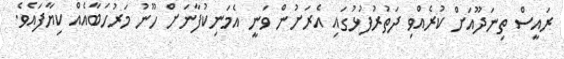
ރައީސް ތިނަދޫއަށް ކުރެއްވި ދަތުރުފުޅުގައި އެރަށުން ވަނީ އެމަނިކުފާނަށް ހޫނު މަރުހަބާއެއް ކިޔާފައެވެ.